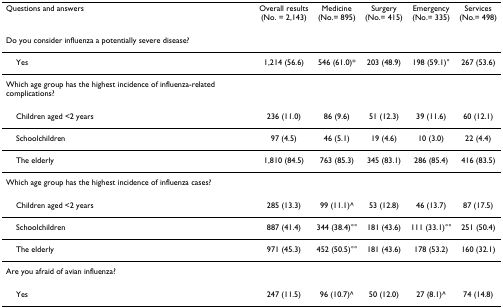
<table><thead><tr><td><b>Questions and answers</b></td><td><b>Overall results(No. = 2,143)</b></td><td><b>Medicine(No.= 895)</b></td><td><b>Surgery(No.= 415)</b></td><td><b>Emergency(No.= 335)</b></td><td><b>Services(No.= 498)</b></td></tr></thead><tbody><tr><td>Do you consider influenza a potentially severe disease?</td><td></td><td></td><td></td><td></td><td></td></tr><tr><td> Yes</td><td>1,214 (56.6)</td><td>546 (61.0)*</td><td>203 (48.9)</td><td>198 (59.1)°</td><td>267 (53.6)</td></tr><tr><td>Which age group has the highest incidence of influenza-related complications?</td><td></td><td></td><td></td><td></td><td></td></tr><tr><td> Children aged &lt;2 years</td><td>236 (11.0)</td><td>86 (9.6)</td><td>51 (12.3)</td><td>39 (11.6)</td><td>60 (12.1)</td></tr><tr><td> Schoolchildren</td><td>97 (4.5)</td><td>46 (5.1)</td><td>19 (4.6)</td><td>10 (3.0)</td><td>22 (4.4)</td></tr><tr><td> The elderly</td><td>1,810 (84.5)</td><td>763 (85.3)</td><td>345 (83.1)</td><td>286 (85.4)</td><td>416 (83.5)</td></tr><tr><td>Which age group has the highest incidence of influenza cases?</td><td></td><td></td><td></td><td></td><td></td></tr><tr><td> Children aged &lt;2 years</td><td>285 (13.3)</td><td>99 (11.1)^</td><td>53 (12.8)</td><td>46 (13.7)</td><td>87 (17.5)</td></tr><tr><td> Schoolchildren</td><td>887 (41.4)</td><td>344 (38.4)°°</td><td>181 (43.6)</td><td>111 (33.1)°°</td><td>251 (50.4)</td></tr><tr><td> The elderly</td><td>971 (45.3)</td><td>452 (50.5)°°</td><td>181 (43.6)</td><td>178 (53.2)</td><td>160 (32.1)</td></tr><tr><td>Are you afraid of avian influenza?</td><td></td><td></td><td></td><td></td><td></td></tr><tr><td> Yes</td><td>247 (11.5)</td><td>96 (10.7)^</td><td>50 (12.0)</td><td>27 (8.1)^</td><td>74 (14.8)</td></tr></tbody></table>